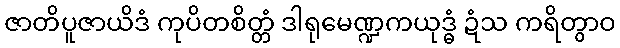
ဇာတိပူဇာယိဒံ ကုပိတစိတ္တံ ဒါရုမေဏ္ဍကယုဒ္ဓံ ဍံသ ကရိတွာဝ